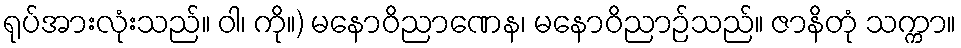
ရုပ်အားလုံးသည်။ ဝါ၊ ကို။) မနောဝိညာဏေန၊ မနောဝိညာဉ်သည်။ ဇာနိတုံ သက္ကာ။